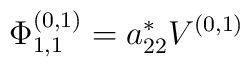
\Phi_{1,1}^{(0,1)} = a_{22}^{*} V^{(0,1)}